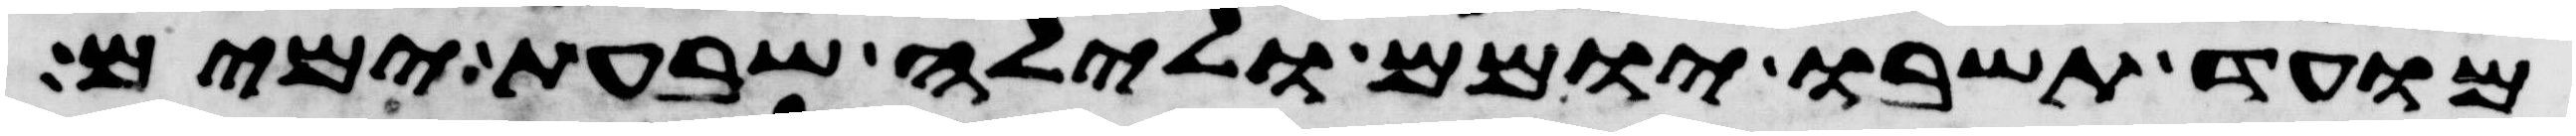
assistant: מועד תשבו יומם ולילה שבעת ימים